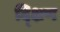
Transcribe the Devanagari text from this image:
द्क्षिण